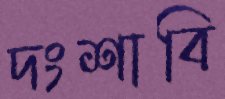
দংশাবি